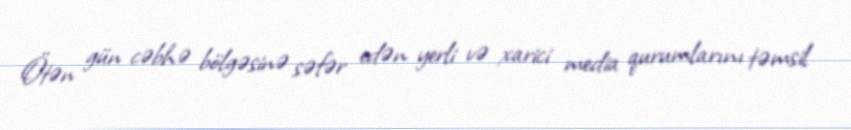
Ötən gün cəbhə bölgəsinə səfər edən yerli və xarici media qurumlarını təmsil